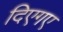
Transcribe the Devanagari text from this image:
दिएगए